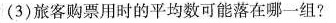
(3)旅客购票用时的平均数可能落在哪一组?